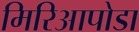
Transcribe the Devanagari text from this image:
मिरिआपोडा